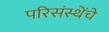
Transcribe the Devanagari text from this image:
परिसंस्थेंचे